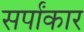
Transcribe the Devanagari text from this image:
सर्पांकार